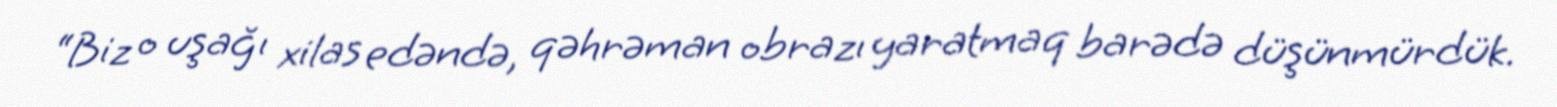
“Biz o uşağı xilas edəndə, qəhrəman obrazı yaratmaq barədə düşünmürdük.